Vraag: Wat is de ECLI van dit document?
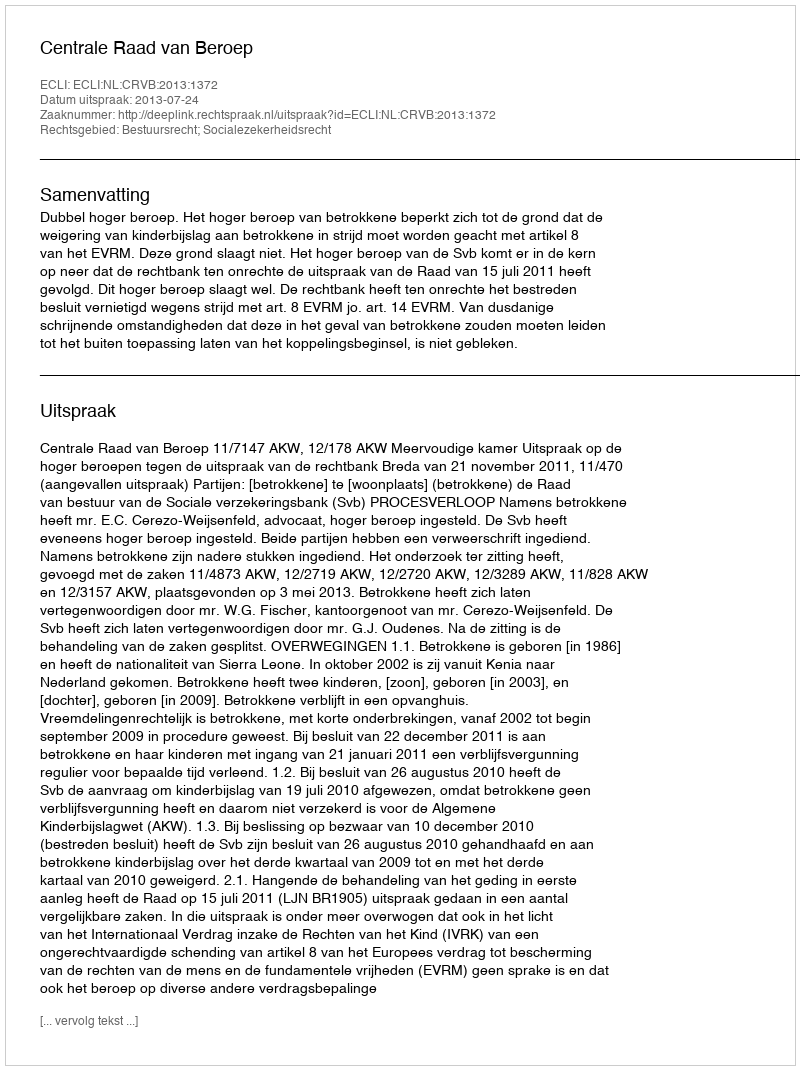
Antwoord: ECLI:NL:CRVB:2013:1372